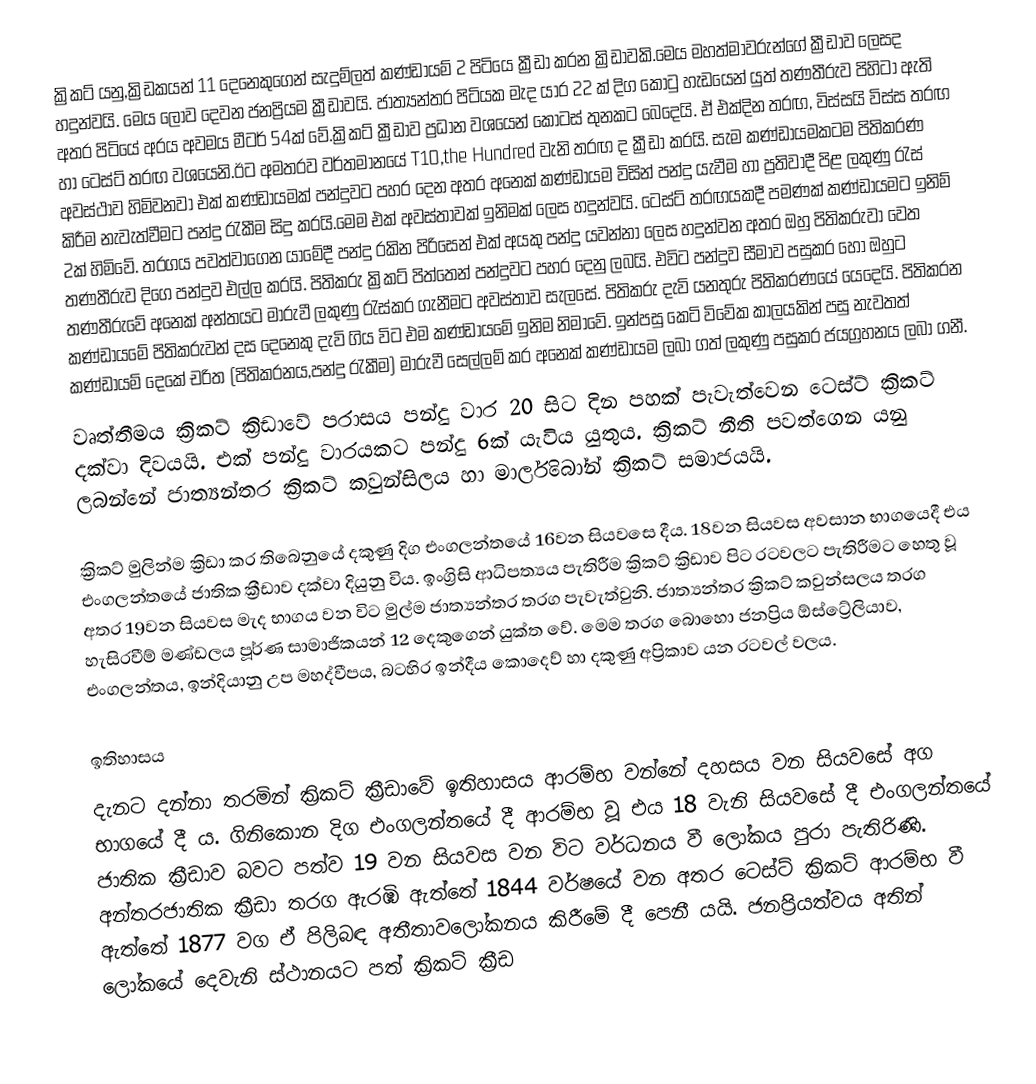
ක්‍රිකට්  යනු,ක්‍රිඩකයන් 11 දෙනෙකුගෙන් සැදුම්ලත් කණ්ඩායම් 2 පිටියෙ ක්‍රීඩා  කරන ක්‍රිඩාවකි.මෙය මහත්මාවරුන්ගේ ක්‍රීඩාව ලෙසද හදුන්වයි. මෙය ලොව දෙවන ජනප්‍රියම ක්‍රීඩාවයි. ජාත්‍යන්තර පිටියක මැද යාර 22 ක් දිග කොටු හැඩයෙන් යුත් තණතීරුව පිහිටා ඇති අතර පිටියේ අරය අවමය මීටර් 54ක් වේ.ක්‍රිකට් ක්‍රීඩාව ප්‍රධාන වශයෙන් කොටස් තුනකට බෙදෙයි. ඒ එක්දින තරඟ, විස්සයි විස්ස තරඟ හා ටෙස්ට් තරඟ වශයෙනි.ඊට අමතරව වර්තමානයේ T10,the Hundred වැනි තරඟ ද ක්‍රීඩා කරයි. සැම කණ්ඩායමකටම පිතිකරණ අවස්ථාව හිමිවනවා එක් කණ්ඩායමක් පන්දුවට පහර දෙන අතර අනෙක් කණ්ඩායම විසින් පන්දු යැවීම හා ප්‍රතිවාදී පිළ ලකුණු රැස් කිරීම නැවැත්වීමට පන්දු රැකීම සිදු කරයි.මෙම එක් අවස්තාවක් ඉනිමක් ලෙස හදුන්වයි. ටෙස්ට් තරඟයකදී පමණක් කණ්ඩායමට ඉනිම් 2ක් හිමිවේ. තරගය පවත්වාගෙන යාමේදී පන්දු රකින පිරිසෙන් එක් අයකු පන්දු යවන්නා ලෙස හදුන්වන අතර ඔහු පිතිකරුවා වෙත තණතීරුව දිගෙ පන්දුව එල්ල කරයි. පිතිකරු ක්‍රිකට් පිත්තෙන් පන්දුවට පහර දෙනු ලබයි. එවිට පන්දුව සීමාව පසුකර හෝ ඔහුට තණතීරුවේ අනෙක් අන්තයට මාරුවී ලකුණු රැස්කර ගැනීමට අවස්තාව සැලසේ. පිතිකරු දැවි යනතුරු පිතිකරණයේ යෙදෙයි. පිතිකරන කණ්ඩායමේ පිතිකරුවන් දස දෙනෙකු දැවි ගිය විට එම කණ්ඩායමේ ඉනිම නිමාවේ. ඉන්පසු කෙටි විවේක කාලයකින් පසු නැවතත් කණ්ඩායම් දෙකේ චරිත (පිතිකරනය,පන්දු රැකීම) මාරුවී සෙල්ලම් කර අනෙක් කණ්ඩායම ලබා ගත් ලකුණු පසුකර ජයග්‍රහනය ලබා ගනී.
වෘත්තීමය ක්‍රිකට් ක්‍රිඩාවේ පරාසය පන්දු වාර 20 සිට දින පහක් පැවැත්වෙන ටෙස්ට් ක්‍රිකට් දක්වා දිවයයි. එක් පන්දු වාරයකට පන්දු 6ක් යැවිය යුතුය. ක්‍රිකට් නීති පවත්ගෙන යනු ලබන්නේ ජාත්‍යන්තර ක්‍රිකට් කවුන්සිලය හා මාර්ලිබෝන් ක්‍රිකට් සමාජයයි.

ක්‍රිකට් මුලින්ම ක්‍රිඩා කර තිබෙනුයේ දකුණු දිග එංගලන්තයේ 16වන සියවසෙ දීය. 18වන සියවස අවසාන භාගයෙදී එය එංගලන්තයේ ජාතික ක්‍රීඩාව දක්වා දියුනු විය. ඉංග්‍රිසි ආධිපත්‍යය පැතිරීම ක්‍රිකට් ක්‍රිඩාව පිට රටවලට පැතිරීමට හෙතු වූ අතර 19වන සියවස මැද භාගය වන විට මුල්ම ජාත්‍යන්තර තරග පැවැත්වුනි. ජාත්‍යන්තර ක්‍රිකට් කවුන්සලය තරග හැසිරවීම් මණ්ඩලය පූර්ණ සාමාජිකයන් 12 දෙකුගෙන් යුක්ත වේ. මෙම තරග බොහො ජනප්‍රිය ඕස්ට්‍රේලියාව, එංගලන්තය, ඉන්දියානු උප මහද්වීපය, බටහිර ඉන්දීය කොදෙව් හා දකුණු අප්‍රිකාව යන රටවල් වලය.

ඉතිහාසය
දැනට දන්නා තරමින් ක්‍රිකට් ක්‍රීඩාවේ ඉතිහාසය ආරම්භ වන්නේ දහසය වන සියවසේ අග භාගයේ දී ය. ගිනිකොන දිග එංගලන්තයේ දී ආරම්භ වූ  එය 18 වැනි සියවසේ දී එංගලන්තයේ ජාතික ක්‍රීඩාව බවට පත්ව 19 වන සියවස වන විට වර්ධනය වී ලෝකය පුරා පැතිරිණි. අන්තරජාතික ක්‍රීඩා තරග ඇරඹි ඇත්තේ 1844 වර්ෂයේ වන අතර ටෙස්ට් ක්‍රිකට් ආරම්භ වී ඇත්තේ 1877 වග ඒ පිලිබඳ අතීතාවලෝකනය කිරීමේ දී පෙනී යයි. ජනප්‍රියත්වය අතින් ලෝකයේ දෙවැනි ස්ථානයට පත් ක්‍රිකට් ක්‍රීඩ